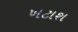
ખટાશ